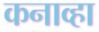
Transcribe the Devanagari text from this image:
कनाव्हा